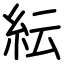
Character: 紜